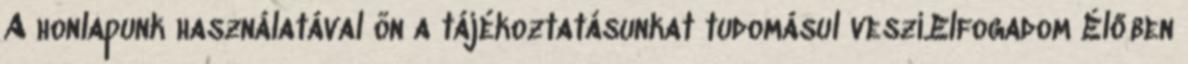
A honlapunk használatával ön a tájékoztatásunkat tudomásul veszi.Elfogadom Élőben